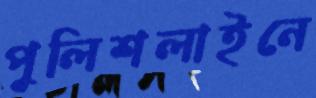
পুলিশলাইনে